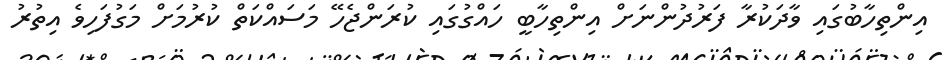
އިންތިހާބުގައި ވާދަކުރާ ފަރުދުންނަށް އިންތިހާބީ ހައްގުގައި ކުރަންޖެހޭ މަސައްކަތް ކުރުމަށް މަގުފަހިވެ އިތުރު